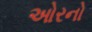
ઓરનો